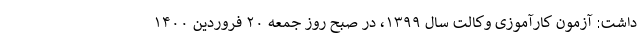
داشت: آزمون ‌کارآموزی وکالت سال ۱۳۹۹، در صبح روز جمعه ۲۰ فروردین ۱۴۰۰